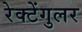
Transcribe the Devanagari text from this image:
रेक्टेंगुलर